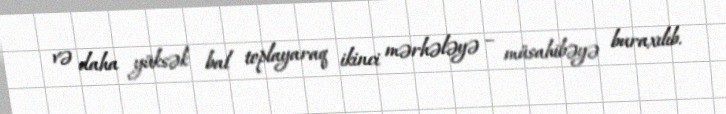
və daha yüksək bal toplayaraq ikinci mərhələyə – müsahibəyə buraxılıb.